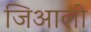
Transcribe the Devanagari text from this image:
जिआलो